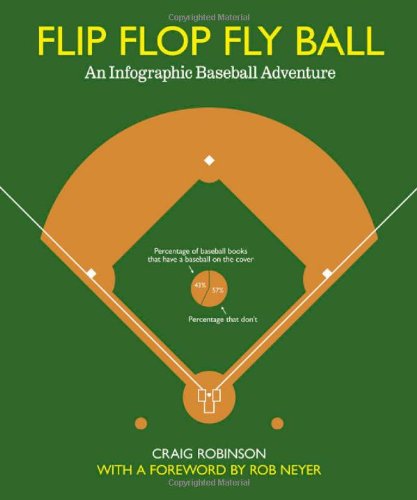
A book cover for Flip Flop Fly Ball: An Infographic Baseball Adventure; Craig Robinson; Humor & Entertainment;